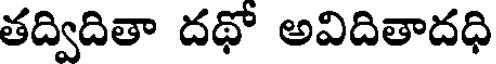
తద్విదితా దథో అవిదితాదధి